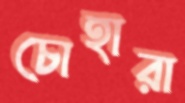
চোহারা